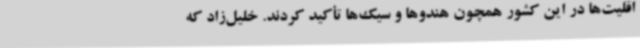
اقلیت‌ها در این کشور همچون هندوها و سیک‌ها تأکید کردند. خلیل‌زاد که